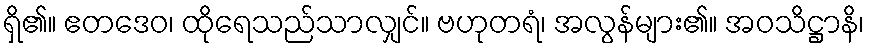
ရှိ၏။ ဧတဒေဝ၊ ထိုရေသည်သာလျှင်။ ဗဟုတရံ၊ အလွန်များ၏။ အဝသိဋ္ဌာနိ၊